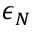
\epsilon _ { N }